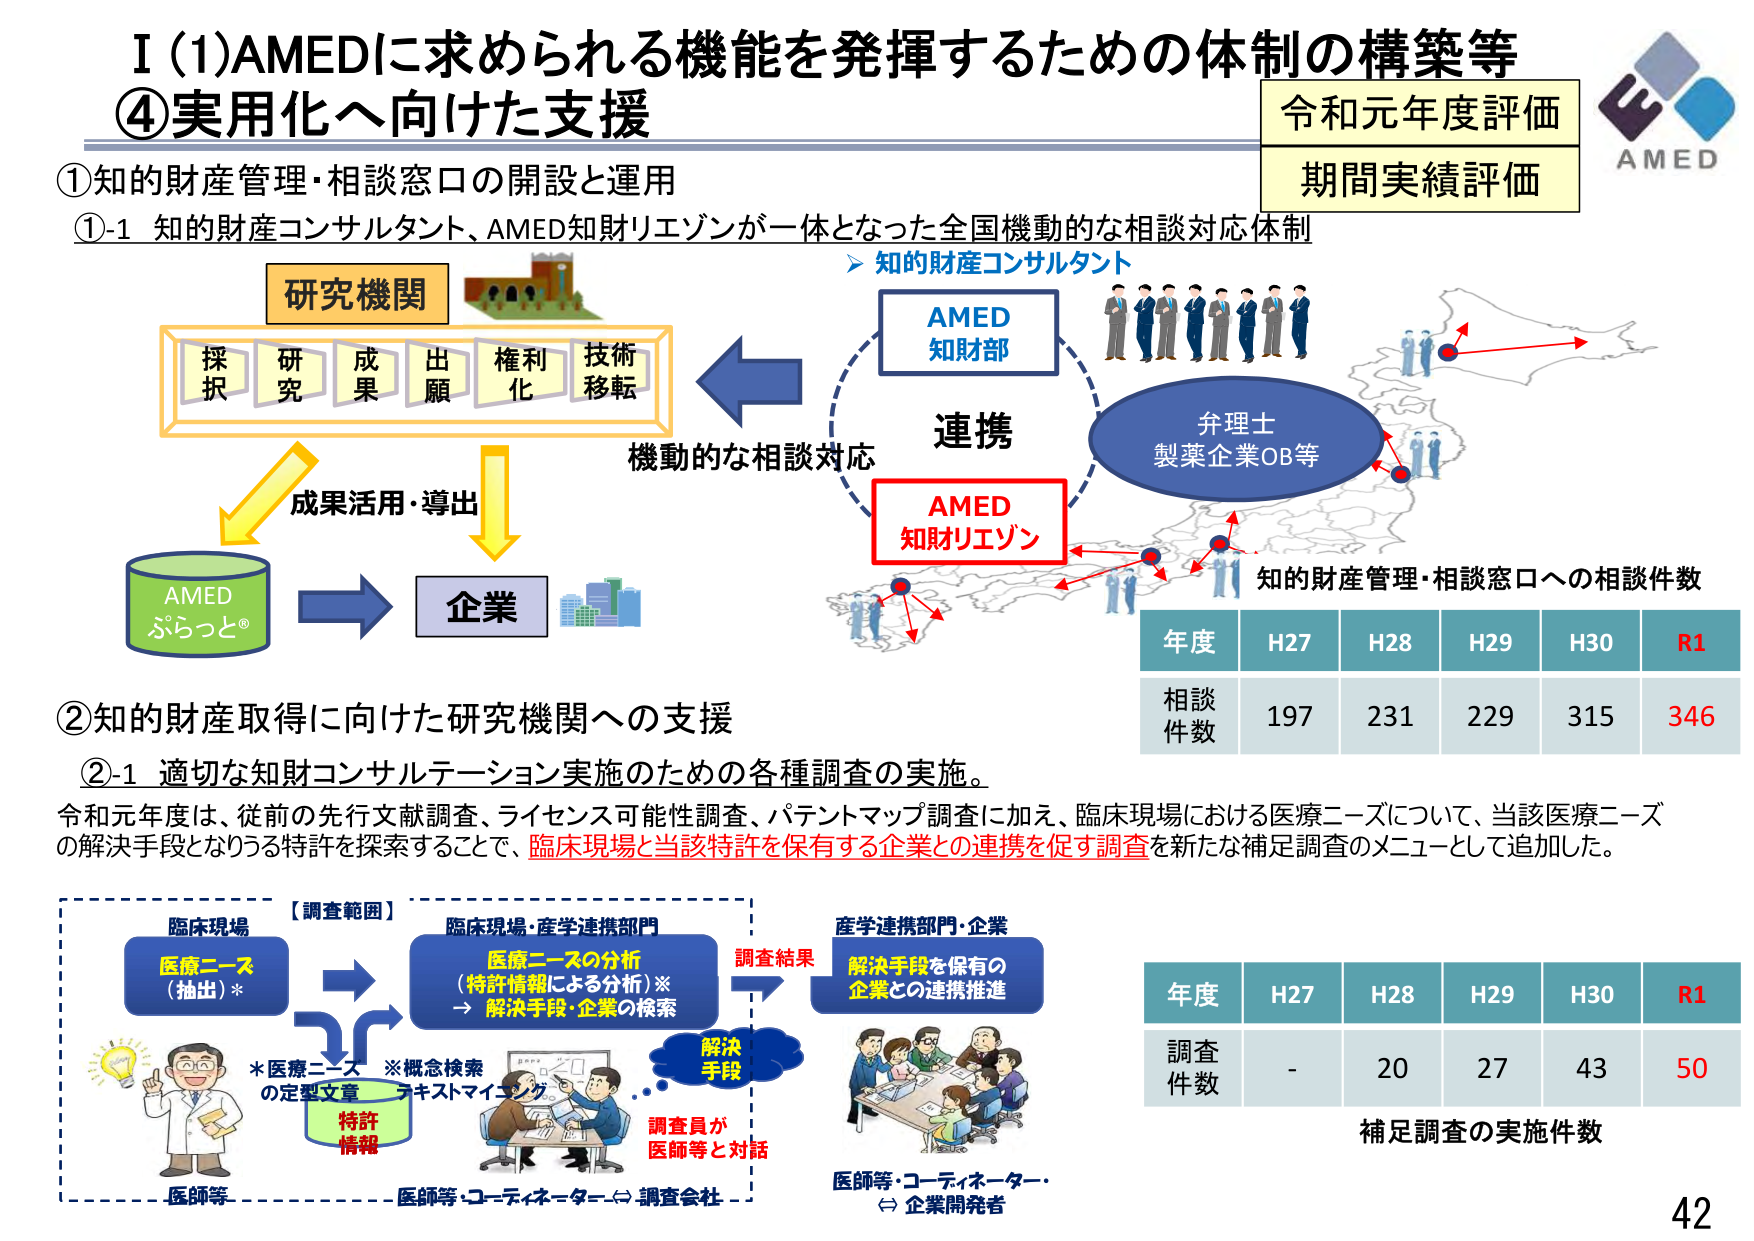
I (1) AMEDに求められる機能を発揮するための体制の構築等
④実用化へ向けた支援

令和元年度評価
期間実績評価

①知的財産管理・相談窓口の開設と運用
①-1 知的財産コンサルタント、AMED知財リエゾンが一体となった全国機動的な相談対応体制

研究機関
探択 研究 成果 出願 権利化 技術移転
成果活用・導出

AMED
ぷらっと®
企業

知的財産コンサルタント
AMED
知財部
連携
AMED
知財リエゾン
弁理士
製薬企業OB等
知的財産管理・相談窓口への相談件数

年度 H27 H28 H29 H30 R1
相談件数 197 231 229 315 346

②知的財産取得に向けた研究機関への支援
②-1 適切な知財コンサルテーション実施のための各種調査の実施。
令和元年度は、従前の先行文献調査、ライセンス可能性調査、パテントマップ調査に加え、臨床現場における医療ニーズについて、当該医療ニーズの解決手段となりうる特許を探索することで、臨床現場と当該特許を保有する企業との連携を促す調査を新たな補足調査のメニューとして追加した。

【調査範囲】
臨床現場
医療ニーズ（抽出）*
*医療ニーズの定型文書
特許情報
※概念検索
テキストマイニング

臨床現場・産学連携部門
医療ニーズの分析
（特許情報による分析）※
→ 解決手段・企業の検索

調査結果
解決手段
調査員が医師等と対話

産学連携部門・企業
解決手段を保有の企業との連携推進
医師等・コーディネーター・企業開発者

年度 H27 H28 H29 H30 R1
調査件数 - 20 27 43 50
補足調査の実施件数

AMED
42